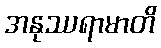
အနုဿရာမာတိ